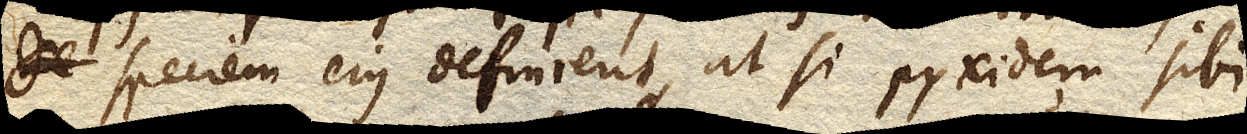
speciem ejus definient, at si pyxidem sibi